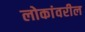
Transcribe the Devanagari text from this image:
लोकांवरील